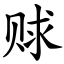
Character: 赇